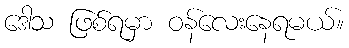
ဒေါသ ဖြစ်ရမှာ ဝန်လေးနေရမယ်။